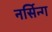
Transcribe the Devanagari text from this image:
नर्सिन्ग